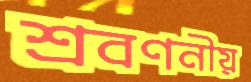
শ্রবণনীয়